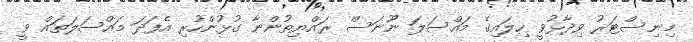
މިނިސްޓަރު ވިދާޅުވީ ހިލައިގެ މައްސަލަ ނޫނަސް ރައްޔިތުންނާ ގުޅުންހުރި އެފަދަ މައްސަލަތައް ވީ